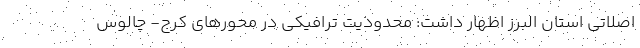
اصلاتی استان البرز اظهار داشت: محدودیت ترافیکی در محورهای کرج- چالوس